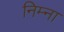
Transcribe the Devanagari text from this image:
निम्ना